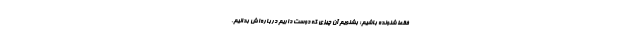
فقط شنونده باشیم؛ بشنویم آن چیزی که دوست داریم درباره‌اش بدانیم.